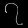
Digit: ၇